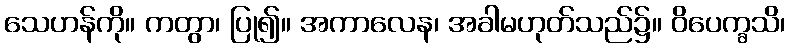
သေဟန်ကို။ ကတွာ၊ ပြု၍။ အကာလေန၊ အခါမဟုတ်သည်၌။ ဝိပေက္ခသိ၊